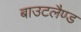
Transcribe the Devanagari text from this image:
बाउटलैण्ड